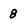
Character: 8